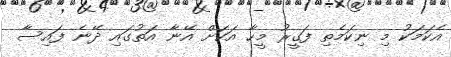
އެކަމަކު މި ނިކަމެތި ފަގީރު މީހާ އަކަށް އޭނާ އަތުގައި ދޭނެ ފައިސާ